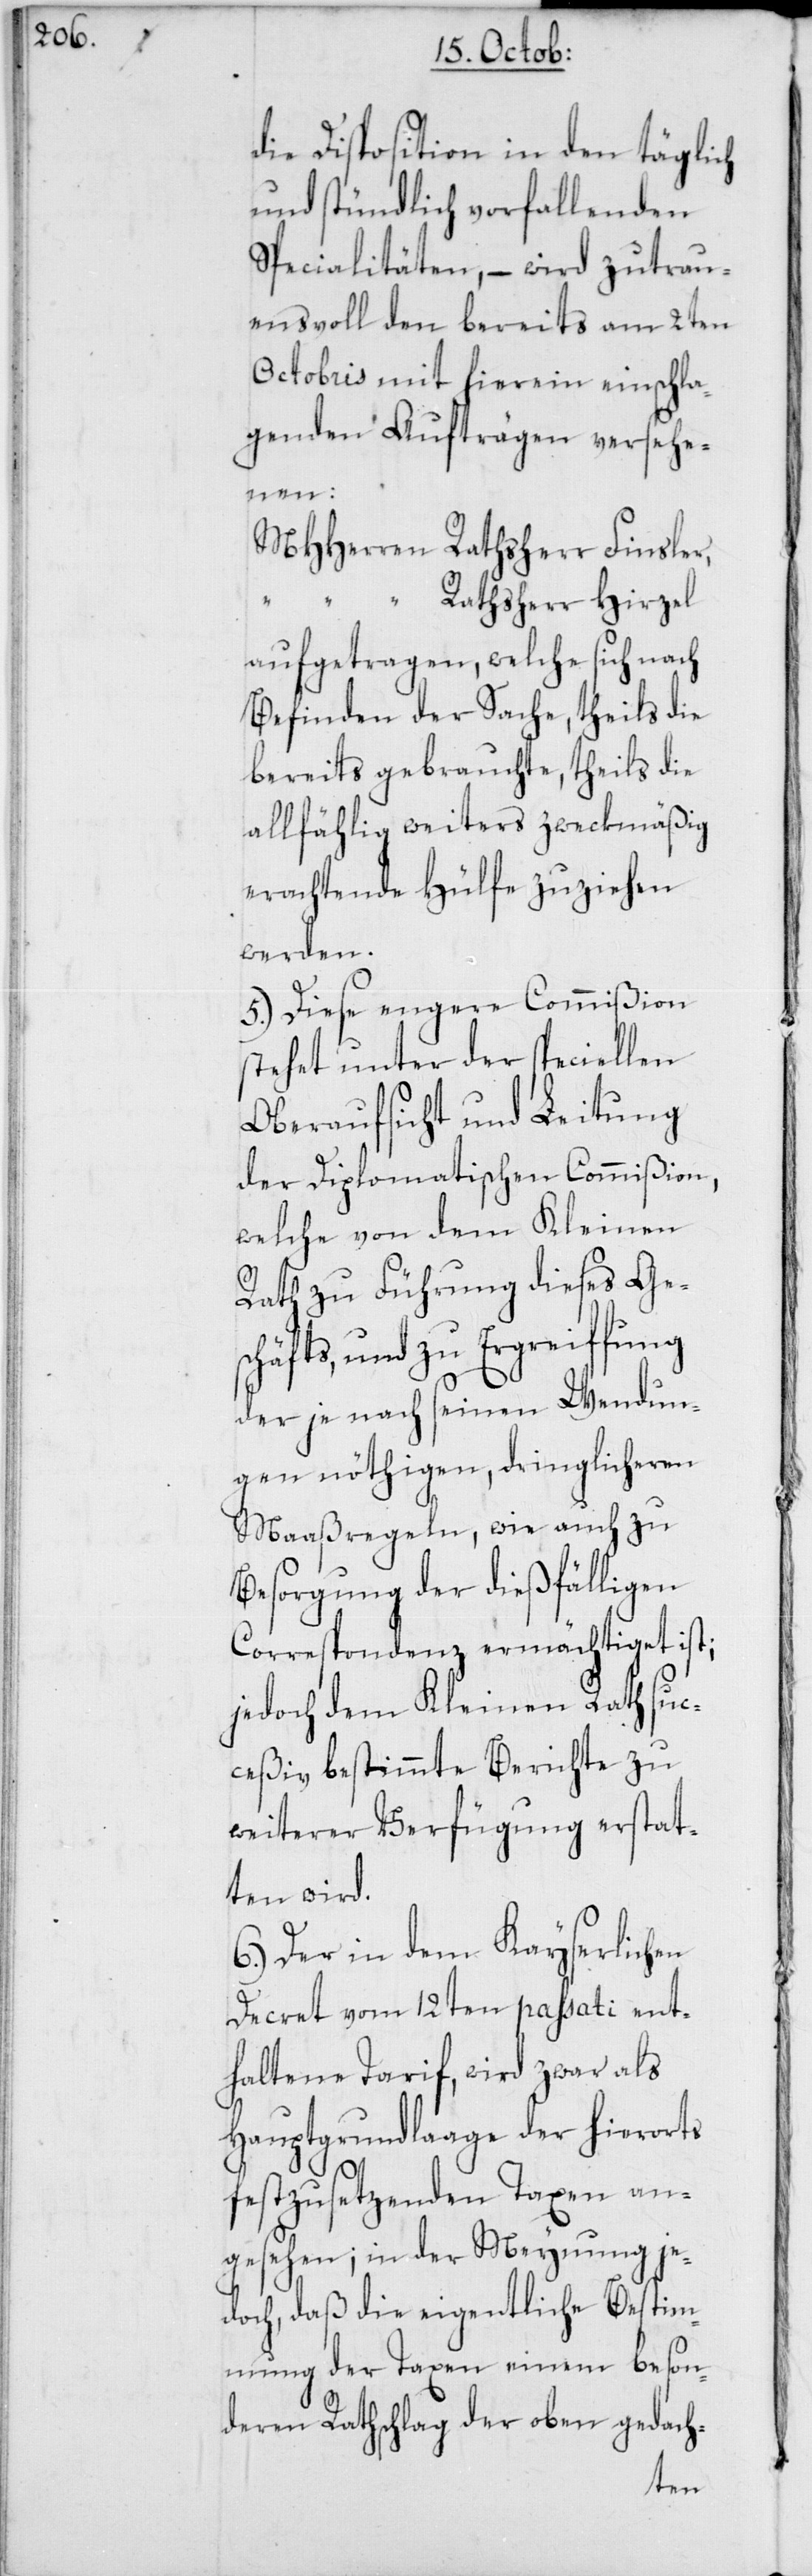
n:

die Disposition in den täglich
und stündlich vorfallenden
Spezialitäten, – wird zutrau¬
ensvoll den bereits am 2ten
Octobris mit hierein einschla¬
genden Aufträgen versehe¬
MHHerren Rathsherr Finsler,
Rathsherr Hirzel
aufgetragen, welche sich nach
Befinden der Sache, theils die
bereits gebrauchte, theils die
allfählig weiters zweckmäßig
erachtende Hülfe zuziehen
werden.
5. Diese engere Commißion
stehet unter der speciellen
Oberaufsicht und Leitung
der Diplomatischen Commißion,
welche von dem Kleinen
Rath zu Führung dieses Ges¬
chäfts, und zu Ergreiffung
der je nach seinen Wendun¬
gen nöthigen, dringlicheren
Maaßregeln, wie auch zu
Besorgung der dießfälligen
Correspondenz ermächtiget ist;
jedoch dem Kleinen Rath suc¬
ceßiv bestimmte Berichte zu
weiterer Verfügung erstat¬
ten wird.
6. Der in dem Kayserlichen
Decret vom 12ten passati ent¬
haltene Tarif, wird zwar als
Hauptgrundlage der hierorts
festzusetzenden Taxen an¬
gesehen; in der Meynung je¬
doch, daß die eigentliche Bestim¬
mung der Taxen einem beson¬
deren Rathschlag der oben gedach-